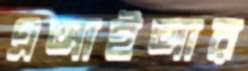
এআইআর